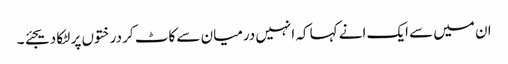
ان میں سے ایک انے کہا کہ انہیں درمیان سے کاٹ کر درختوں پر لٹکا دیجئے ۔